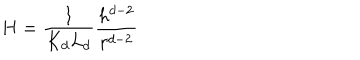
LaTeX: H = \frac { 1 } { K _ { d } L _ { d } } \frac { h ^ { d - 2 } } { r ^ { d - 2 } }